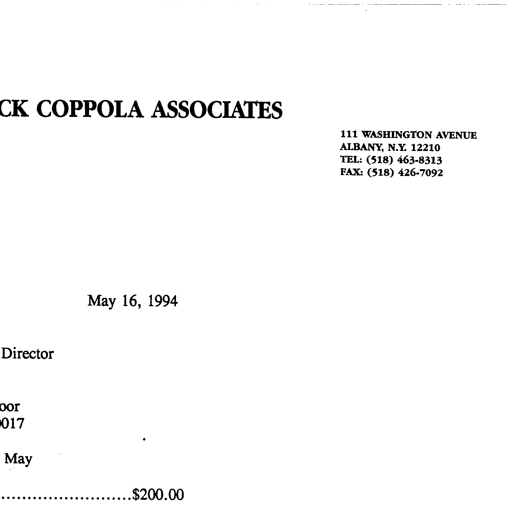
CK COPPOLA ASSOCIATES

111 WASHINGTON AVENUE
ALBANY, N.Y. 12210
TEL: (518) 463-8313
FAX: (518) 426-7092

May 16, 1994

Director

oor
017

May

..........................$200.00